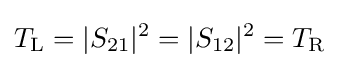
T_{\rm {L}}=|S_{21}|^{2}=|S_{12}|^{2}=T_{\rm {R}}